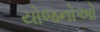
યોજનોઓ